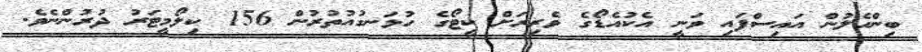
ބިންހެލުން އައިސްފައި ވަނީ އެކުއެޑޯގެ ވެރިރަށް ކީޓޯގެ ހުޅަނގުއުތުރުން 156 ކިލޯމީޓަރު ދުރުންނެވެ.